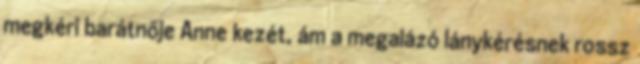
megkéri barátnője Anne kezét, ám a megalázó lánykérésnek rossz